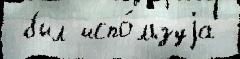
 был испо́льзуjа